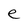
Character: e